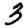
Digit: 3